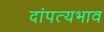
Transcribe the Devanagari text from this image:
दांपत्यभाव